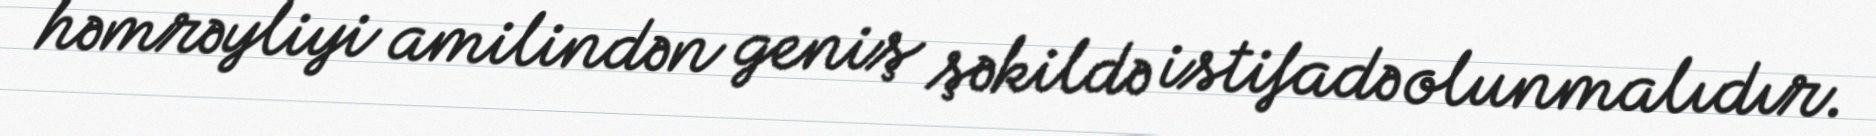
həmrəyliyi amilindən geniş şəkildə istifadə olunmalıdır.